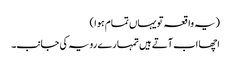
(یہ واقعہ تو یہاں تمام ہوا )
اچھا اب آتے ہیں تمہارے رویہ کی جانب۔